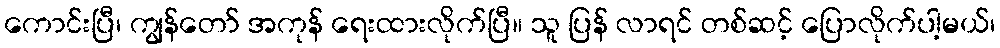
ကောင်းပြီ၊ ကျွန်တော် အကုန် ရေးထားလိုက်ပြီ။ သူ ပြန် လာရင် တစ်ဆင့် ပြောလိုက်ပါ့မယ်၊